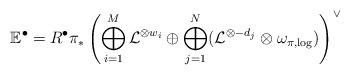
LaTeX: \begin{align*}\mathbb{E}^{\bullet} = R^\bullet\pi_*\left(\bigoplus_{i=1}^M \mathcal{L}^{\otimes w_i} \oplus \bigoplus_{j=1}^N (\mathcal{L}^{\otimes -d_j} \otimes \omega_{\pi, \log})\right)^{\vee}\end{align*}